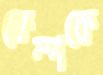
কেম্পকে